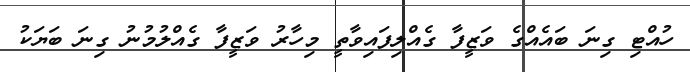
ހުއްޓި ގިނަ ބައެއްގެ ވަޒީފާ ގެއްލިފައިވާތީ މިހާރު ވަޒީފާ ގެއްލުމުނު ގިނަ ބަޔަކު